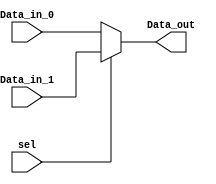
module mux(
    Data_in_0,
    Data_in_1,
    sel,
    Data_out
    );
	 
    input [4:0] Data_in_0;
    input [4:0] Data_in_1;
    input sel;
    output reg [4:0] Data_out;

    always @(Data_in_0,Data_in_1,sel)
    begin
	case(sel)
		1'b1:
			begin
            			Data_out = Data_in_1;  
			end
		default
			begin
				 Data_out = Data_in_0;
			end
	endcase
  
    end
    
endmodule